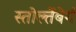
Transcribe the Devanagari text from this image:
स्तोल्तेंबेर्ग